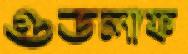
গুডলাফ